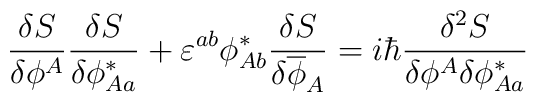
\frac{\delta S}{\delta\phi^A}\frac{\delta S}{\delta\phi_{Aa}^\ast} + \varepsilon^{ab}\phi_{Ab}^\ast \frac{\delta S}{\delta\overline{\phi}_A}= i\hbar\frac{\delta^2S}{\delta\phi^A\delta\phi_{Aa}^\ast}